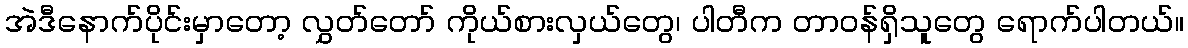
အဲဒီနောက်ပိုင်းမှာတော့ လွှတ်တော် ကိုယ်စားလှယ်တွေ၊ ပါတီက တာဝန်ရှိသူတွေ ရောက်ပါတယ်။